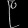
Digit: ၉